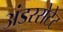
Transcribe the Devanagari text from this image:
अंडररोटेट